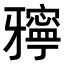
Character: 𤘓